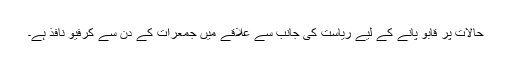
حالات پر قابو پانے کے لیے ریاست کی جانب سے علاقے میں جمعرات کے دن سے کرفیو نافذ ہے۔